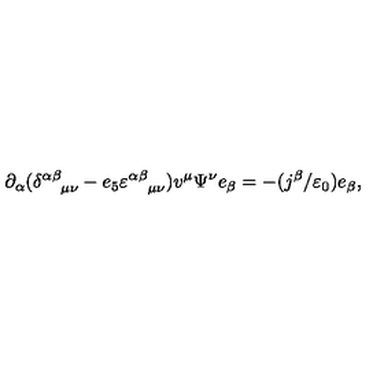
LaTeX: \partial _ { \alpha } ( \delta _ { \quad \mu \nu } ^ { \alpha \beta } - e _ { 5 } \varepsilon _ { \quad \mu \nu } ^ { \alpha \beta } ) v ^ { \mu } \Psi ^ { \nu } e _ { \beta } = - ( j ^ { \beta } / \varepsilon _ { 0 } ) e _ { \beta } ,